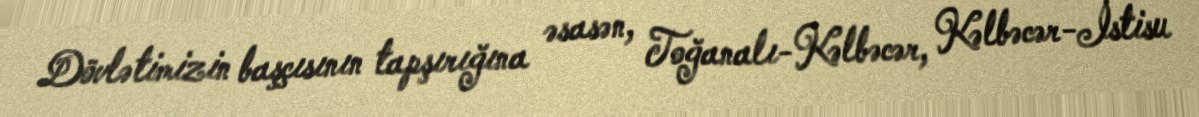
Dövlətimizin başçısının tapşırığına əsasən, Toğanalı-Kəlbəcər, Kəlbəcər-İstisu